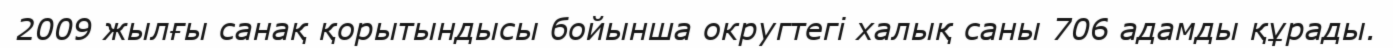
2009 жылғы санақ қорытындысы бойынша округтегі халық саны 706 адамды құрады.